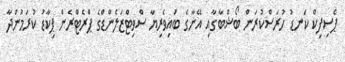
ޕެސިފިކް ކަނޑު ހުރަސްކުރަން ބޯޝްބާގާއި އޭނާގެ ބައިވެރިޔާ ސްވިޓްޒަލެންޑްގެ ޕްރެޓްރެން ޕިކާޑު ކުރަމުންދާ